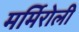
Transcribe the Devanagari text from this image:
मर्मिरोली